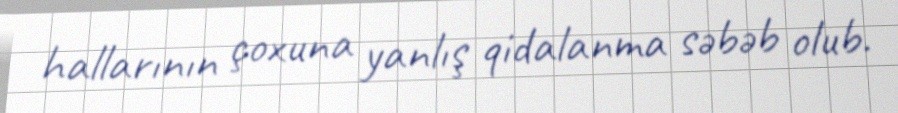
hallarının çoxuna yanlış qidalanma səbəb olub.